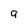
Character: 9